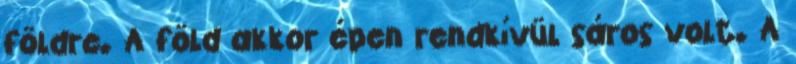
földre. A föld akkor épen rendkívül sáros volt. A